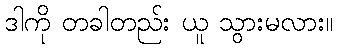
ဒါကို တခါတည်း ယူ သွားမလား။